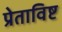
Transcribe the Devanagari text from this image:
प्रेताविष्ट